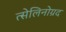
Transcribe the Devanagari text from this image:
त्सेलिनोग्रद